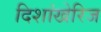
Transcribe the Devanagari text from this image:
दिशांखेरिज